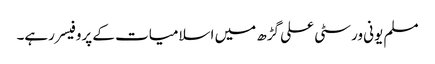
مسلم یونی ورسٹی علی گڑھ میں اسلامیات کے پروفیسر رہے۔